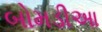
બોમડીઆ